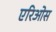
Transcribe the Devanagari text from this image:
एरिओस